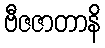
ဗီဇဇာတာနိ